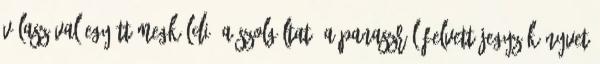
válaszával együtt megküldi. A Szolgáltató a panaszról felvett jegyzőkönyvet